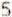
5